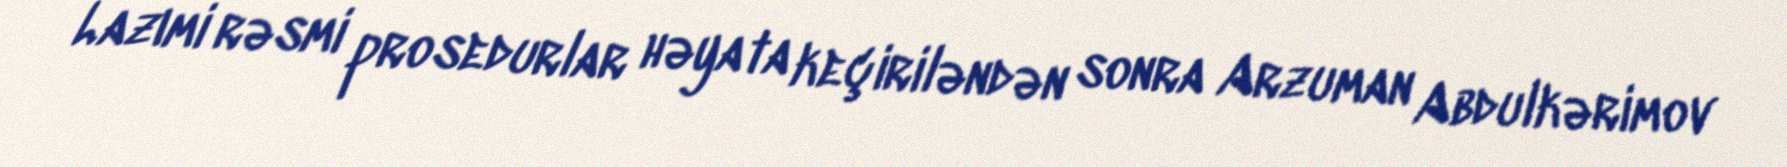
Lazımi rəsmi prosedurlar həyata keçiriləndən sonra Arzuman Abdulkərimov